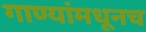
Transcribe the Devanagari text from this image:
गाण्यांमधूनच